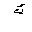
Letter: _kaf